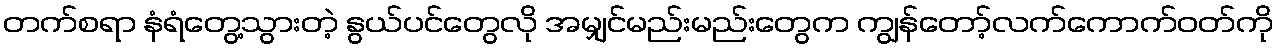
တက်စရာ နံရံတွေ့သွားတဲ့ နွယ်ပင်တွေလို အမျှင်မည်းမည်းတွေက ကျွန်တော့်လက်ကောက်ဝတ်ကို